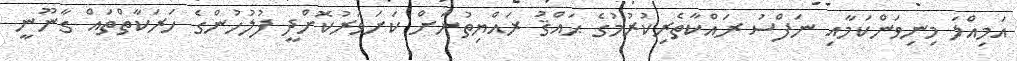
އަމިއްލަ މިނިވަންކަމާއި ނަފްސު ރައްކާތެރިކުރުމުގެ ޙައްޤު ރައްޔިތުނަށް ކަށަވަރުކޮށްދީ ފުލުހުންގެ ހަރަކާތްތައް ގާނޫނީ